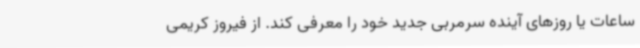
ساعات یا روزهای آینده سرمربی جدید خود را معرفی کند. از فیروز کریمی